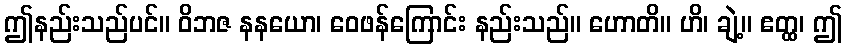
ဤနည်းသည်ပင်။ ဝိဘဇ နနယော၊ ဝေဖန်ကြောင်း နည်းသည်။ ဟောတိ။ ဟိ၊ ချဲ့။ ဧတ္ထ၊ ဤ